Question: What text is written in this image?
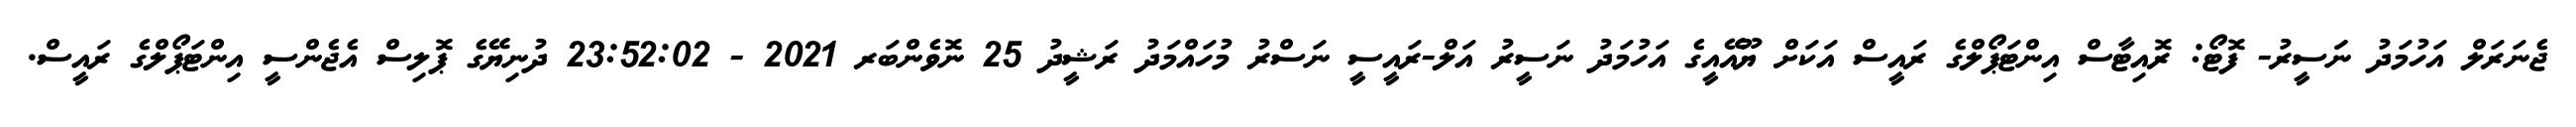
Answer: ޖެނަރަލް އަހުމަދު ނަަސީރު- ފޮޓޯ: ރޮއިޓާސް އިންޓަޕޯލްގެ ރައީސް އަކަށް ޔޫއޭއީގެ އަހުމަދު ނަސީރު އަލް-ރައީސީ ނަސްރު މުހައްމަދު ރަޝީދު 25 ނޮވެންބަރ 2021 - 23:52:02 ދުނިޔޭގެ ޕޮލިސް އެޖެންސީ އިންޓަޕޯލްގެ ރައީސް.